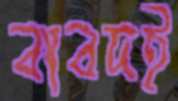
বাবদই